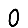
Digit: 0